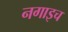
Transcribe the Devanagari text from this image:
नगाइच